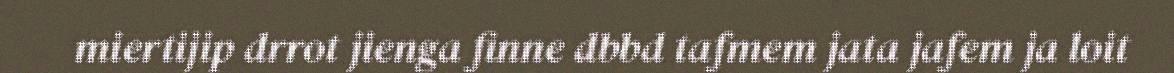
miertijip drrot jienga finne dbbd tafmem jata jafem ja loit